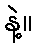
နဲ့။